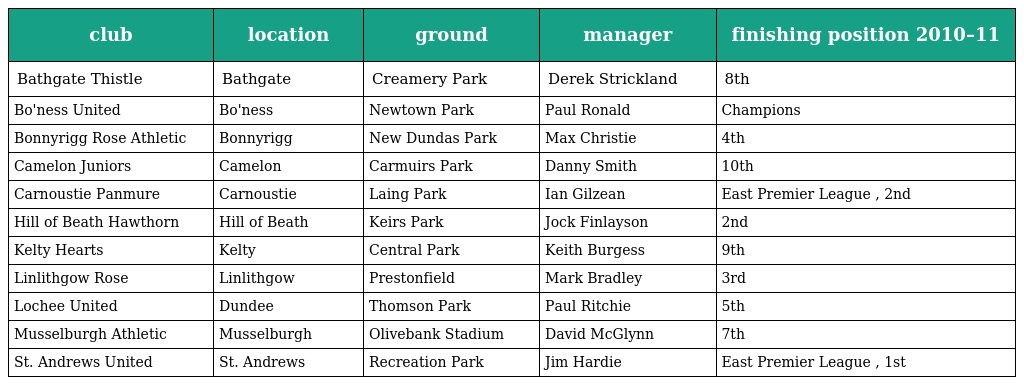
| club | location | ground | manager | finishing position 2010–11 |
 | --- | --- | --- | --- | --- |
 | Bathgate Thistle | Bathgate | Creamery Park | Derek Strickland | 8th |
 | Bo'ness United | Bo'ness | Newtown Park | Paul Ronald | Champions |
 | Bonnyrigg Rose Athletic | Bonnyrigg | New Dundas Park | Max Christie | 4th |
 | Camelon Juniors | Camelon | Carmuirs Park | Danny Smith | 10th |
 | Carnoustie Panmure | Carnoustie | Laing Park | Ian Gilzean | East Premier League , 2nd |
 | Hill of Beath Hawthorn | Hill of Beath | Keirs Park | Jock Finlayson | 2nd |
 | Kelty Hearts | Kelty | Central Park | Keith Burgess | 9th |
 | Linlithgow Rose | Linlithgow | Prestonfield | Mark Bradley | 3rd |
 | Lochee United | Dundee | Thomson Park | Paul Ritchie | 5th |
 | Musselburgh Athletic | Musselburgh | Olivebank Stadium | David McGlynn | 7th |
 | St. Andrews United | St. Andrews | Recreation Park | Jim Hardie | East Premier League , 1st |